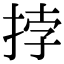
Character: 挬